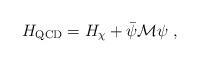
LaTeX: \begin{align*} H_{\mathrm{QCD}} = H_\chi + \bar \psi \mathcal{M} \psi \; ,\end{align*}